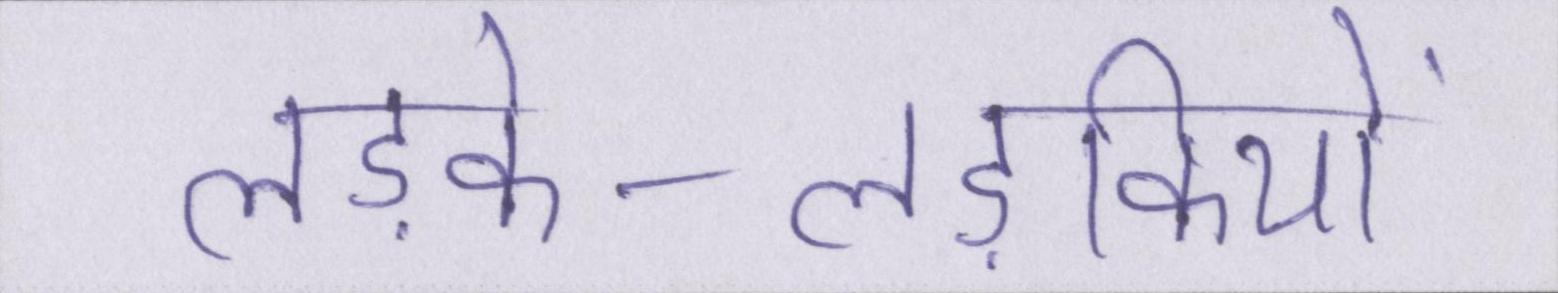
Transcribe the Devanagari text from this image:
लड़के-लड़कियों